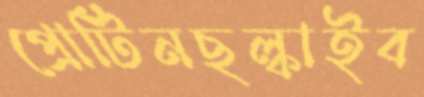
প্রোটিনছল্‌কাইব